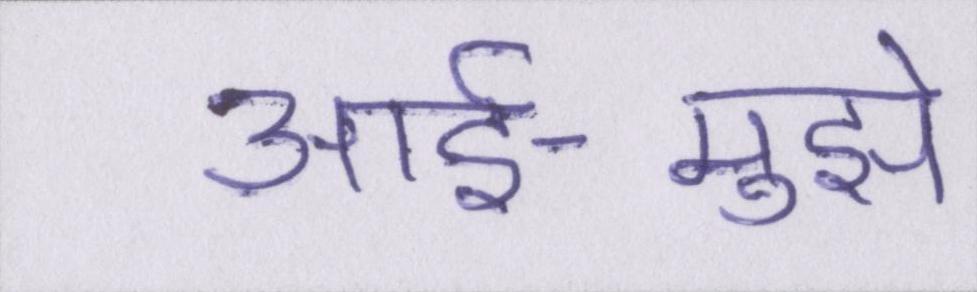
आर्इ-मुझे